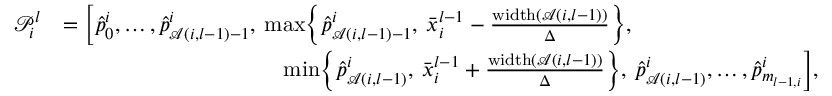
\begin{array} { r l } { \mathcal { P } _ { i } ^ { l } } & { = \biggl [ \hat { p } _ { 0 } ^ { i } , \dots , \hat { p } _ { \mathcal { A } ( i , l - 1 ) - 1 } ^ { i } , \: \operatorname* { m a x } \biggl \{ \hat { p } _ { \mathcal { A } ( i , l - 1 ) - 1 } ^ { i } , \: \bar { x } _ { i } ^ { l - 1 } - \frac { \mathrm { w i d t h } ( \mathcal { A } ( i , l - 1 ) ) } { \Delta } \biggr \} , } \\ & { \qquad \qquad \qquad \qquad \qquad \operatorname* { m i n } \biggl \{ \hat { p } _ { \mathcal { A } ( i , l - 1 ) } ^ { i } , \: \bar { x } _ { i } ^ { l - 1 } + \frac { \mathrm { w i d t h } ( \mathcal { A } ( i , l - 1 ) ) } { \Delta } \biggr \} , \: \hat { p } _ { \mathcal { A } ( i , l - 1 ) } ^ { i } , \dots , \hat { p } _ { m _ { l - 1 , i } } ^ { i } \biggr ] , } \end{array}